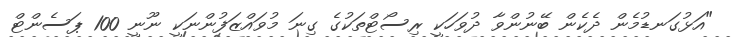
"އަޅުގަނޑުމެން ދެކެން ބޭނުންވާ ދުވަހަކީ ރިސޯޓްތަކުގެ ގިނަ މުވައްޒަފުންނަކީ ނޫނީ 100 ޕަސެންޓް